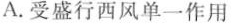
A.受盛行西风单一作用